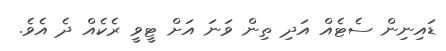
ޑައިނިން ސެޓެއް އަދި ތިން ވަނަ އަށް ޓީވީ ރެކެއް ދެ އެވެ.